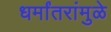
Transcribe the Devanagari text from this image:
धर्मांतरांमुळे